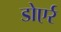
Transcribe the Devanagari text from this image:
डोएर्र